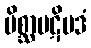
မိစ္ဆာပဋိပဒံ